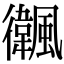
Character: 𩙃